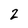
Character: 2